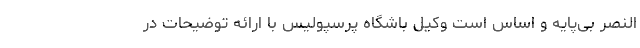
النصر بی‌پایه و اساس است وکیل باشگاه پرسپولیس با ارائه توضیحات در